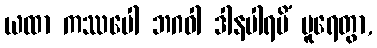
ယထာ ကဿပေါ ဘဂဝါ ဒါနပါရမိံ ပူရေတွာ,